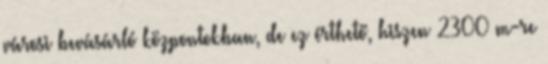
városi bevásárló központokban, de ez érthető, hiszen 2300 m-re